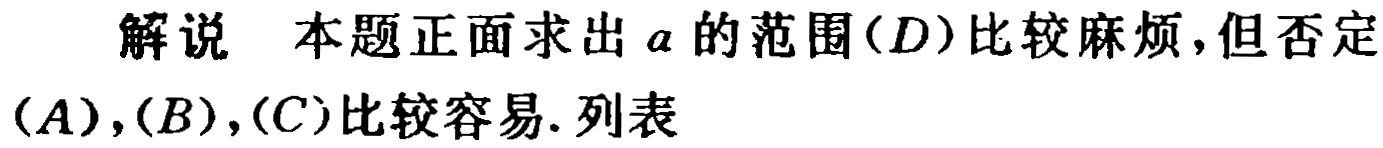
解说 本题正面求出 \(a\) 的范围\((D)\)比较麻烦,但否定\((A),(B),(C)\)比较容易. 列表